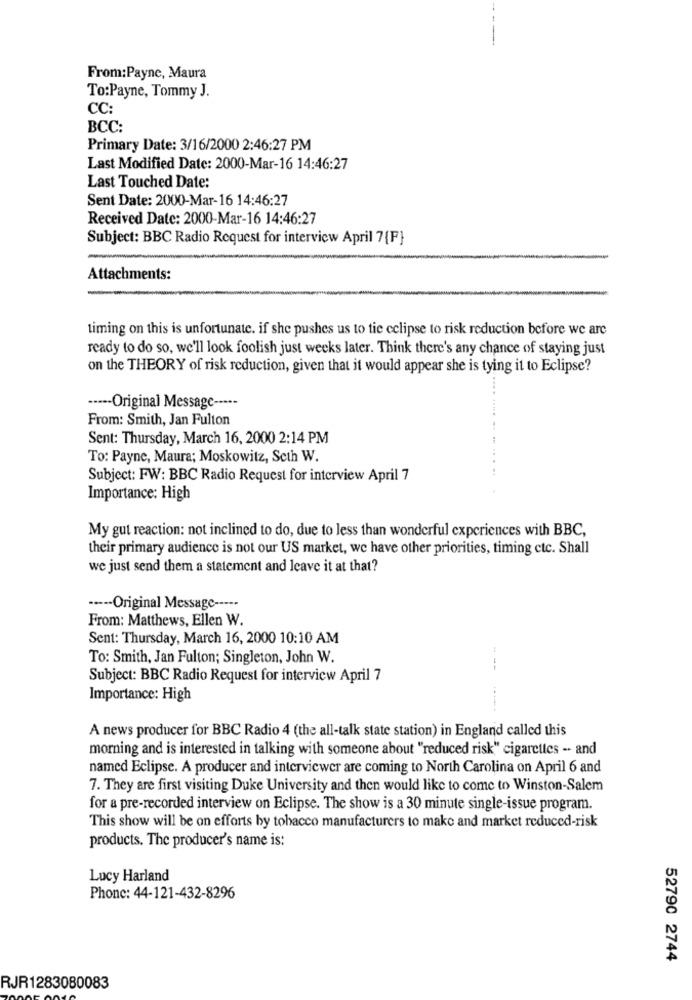
From:Payne, Maura
To:Payne, Tommy J.
CC:
BCC:
Primary Date: 3/16/2000 2:46:27 PM
Last Modified Date: 2000-Mar-16 14:46:27
Last Touched Date:
Sent Date: 2000-Mar-16 14:46:27
Received Date: 2000-Mar-16 14:46:27
Subject: BBC Radio Request for interview April 7{F}
Attachments:
timing on this is unfortunate. if she pushes us to tie eclipse to risk reduction before we are
ready to do so, we'll look foolish just weeks later. Think there's any chance of staying just
on the THEORY of risk reduction, given that it would appear she is tying it to Eclipse?
····- Original Message ---**
From: Smith, Jan Fulton
Sent: Thursday, March 16, 2000 2:14 PM
To: Payne, Maura; Moskowitz, Seth W.
Subject: FW: BBC Radio Request for interview April 7
Importance: High
My gut reaction: not inclined to do, due to less than wonderful experiences with BBC,
their primary audience is not our US market, we have other priorities, timing ctc. Shall
we just send them a statement and leave it at that?
·---- Original Message -----
From: Matthews, Ellen W.
Sent: Thursday, March 16, 2000 10:10 AM
To: Smith, Jan Fulton; Singleton, John W.
---
Subject: BBC Radio Request for interview April 7
Importance: High
....
A news producer for BBC Radio 4 (the all-talk state station) in England called this
morning and is interested in talking with someone about "reduced risk" cigarettes -- and
named Eclipse. A producer and interviewer are coming to North Carolina on April 6 and
7. They are first visiting Duke University and then would like to come to Winston-Salem
for a pre-recorded interview on Eclipse. The show is a 30 minute single-issue program.
This show will be on efforts by tobacco manufacturers to make and market reduced-risk
products. The producer's name is:
Lucy Harland
Phone: 44-121-432-8296
52790 2744
RJR1283080083